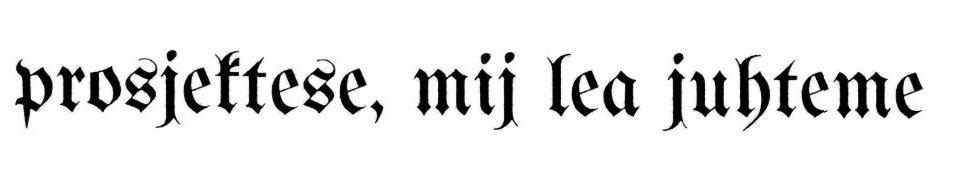
prosjektese, mij lea juhteme